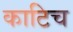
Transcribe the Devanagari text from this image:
काटिच